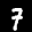
Label: 7